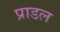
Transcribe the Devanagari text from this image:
प्राडल